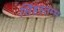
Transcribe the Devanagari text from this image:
सिंहस्तम्भ